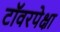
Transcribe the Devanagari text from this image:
टॉवरपेक्षा